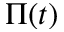
\Pi ( t )